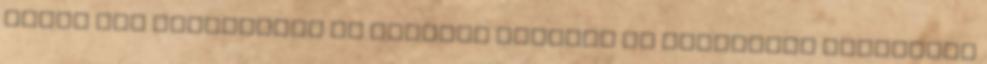
ugyan ezt elsősorban az emberek halálán és egészségi állapotán